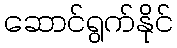
ဆောင်ရွက်နိုင်